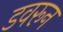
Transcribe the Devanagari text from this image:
डवरून